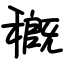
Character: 穊